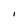
Character: I